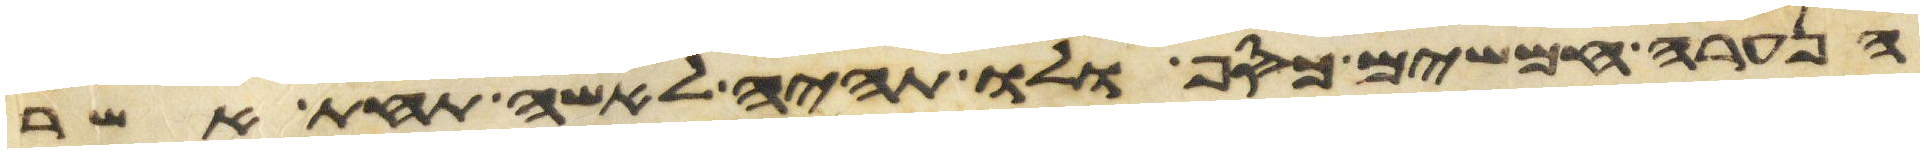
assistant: הנערה חמשים כסף ולו תהיה לאשה תחת אשר